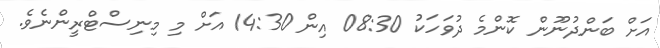
އަށް ބަންދުނޫން ކޮންމެ ދުވަހަކު 08:30 އިން 14:30 އަށް މި މިނިސްޓްރީންނެވެ.